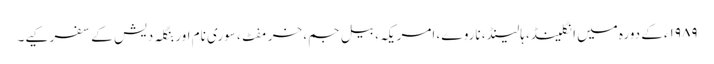
۱۹۸۹ء کے دورہ میں انگلینڈ، ہالینڈ، ناروے، امریکہ، بیل جم، خرمفٹ، سوری نام اور بنگلہ دیش کے سفر کیے۔